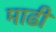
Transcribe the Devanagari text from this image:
माढी